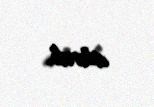
alırdı.